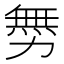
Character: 𠢬